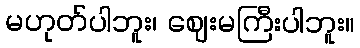
မဟုတ်ပါဘူး၊ ဈေးမကြီးပါဘူး။